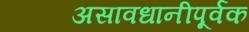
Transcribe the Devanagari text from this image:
असावधानीपूर्वक